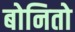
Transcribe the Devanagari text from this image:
बोनितो